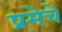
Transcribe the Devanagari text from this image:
प्रमेचे